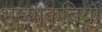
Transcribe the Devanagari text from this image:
भूम्याकृतियों